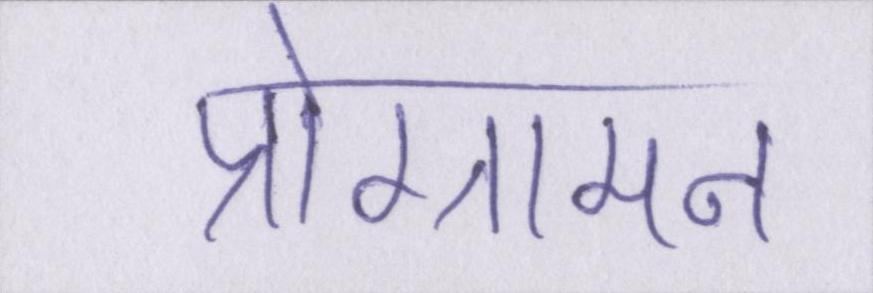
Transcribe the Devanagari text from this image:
प्रोग्रामन